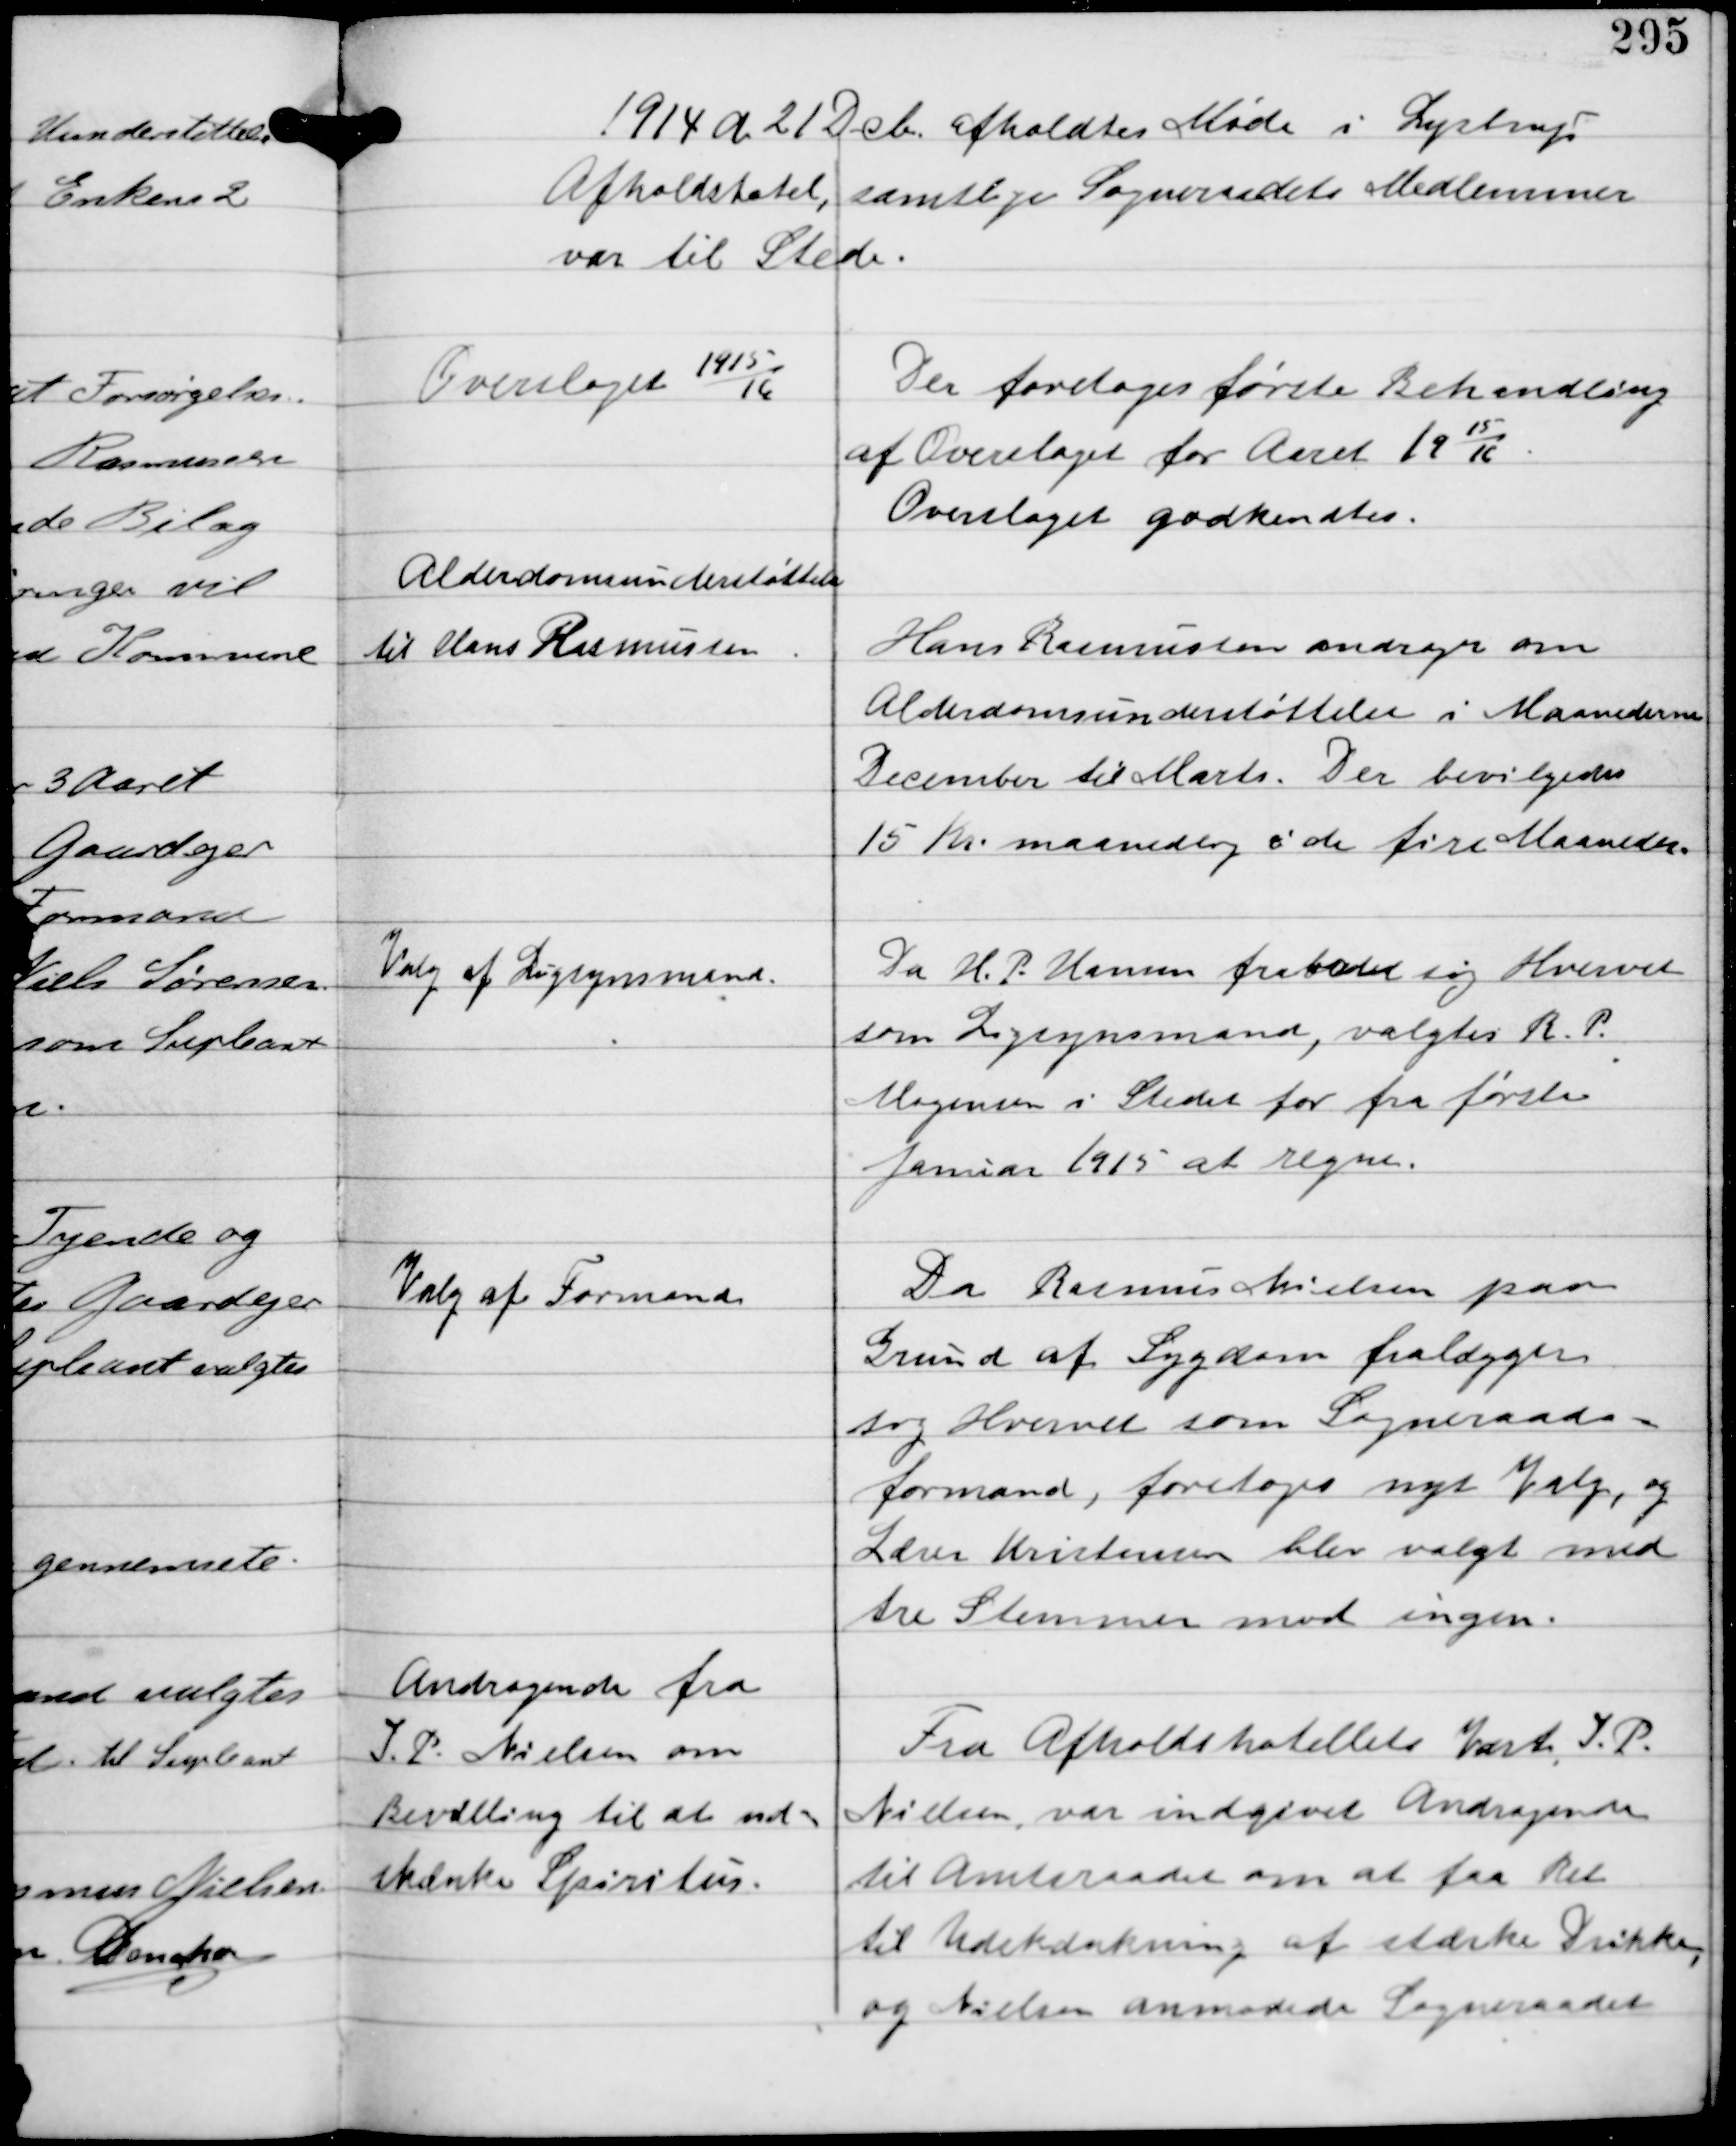
Transskription:
1914 d. 21 Dcb afholdtes Møde i Lystrup
Afholdshotel, samtlige Sogneraadets Medlemmer
var til Stede.

Overslaget 1915-
16

Der foretoges første Behandling
af Overslaget for Aaret 19
15
16.
Overslaget godkendtes.

Alderdomsunderstøttelse
til Hans Rasmussen.

Hans Rasmussen andrager om
Alderdomsunderstøttelse i Maanederne
December til Marts. Der bevilgedes
15 Kr maanedlig i de fire Maaneder.

Valg af Ligsynsmand

Da H.P. Hansen frabad sig Hvervet
som Ligsynsmand, valgtes R.P.
Mogensen i Stedet for fra første
Januar 1915 at regne.

Valg af Formand

Da Rasmus Nielsen paa
Grund af Sygdom fralægger
sig Hvervet som Sogneraads-
formand, foretoges nyt Valg, og
Lærer Kristensen blev valgt med
tre Stemmer mod ingen.

Andragende fra
I.P. Nielsen om
Bevilling til at ud-
skænke Spiritus.

Fra Afholdshotellets Vært I.P.
Nielsen var indgivet Andragende
til Amtsraadet om at faa Ret
til Udskrænkning af stærke Drikke
og Nielsen anmodede Sogneraadet